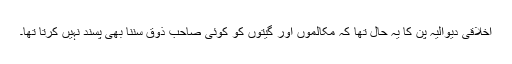
اخلاقی دیوالیہ پن کا یہ حال تھا کہ مکالموں اور گیتوں کو کوئی صاحب ذوق سننا بھی پسند نہیں کرتا تھا۔